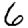
Digit: 6